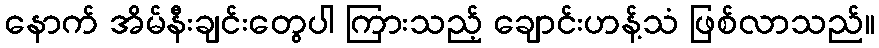
နောက် အိမ်နီးချင်းတွေပါ ကြားသည့် ချောင်းဟန့်သံ ဖြစ်လာသည်။